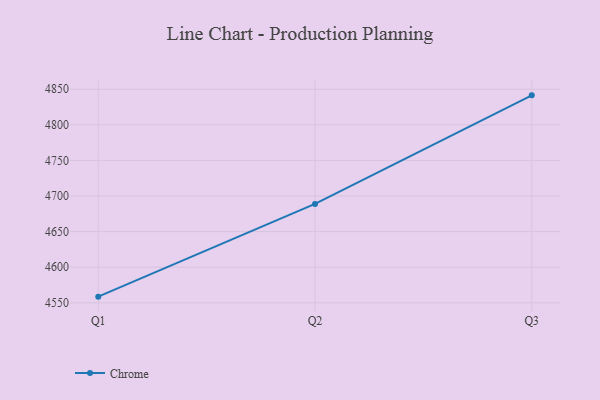
{"axis": {"x": "Quarter", "y": "Customer Acquisition Cost (USD)"}, "legend": ["Chrome"], "data": [{"x": "Q1", "y": 4558.7, "type": "Chrome"}, {"x": "Q2", "y": 4688.9, "type": "Chrome"}, {"x": "Q3", "y": 4841.4, "type": "Chrome"}]}